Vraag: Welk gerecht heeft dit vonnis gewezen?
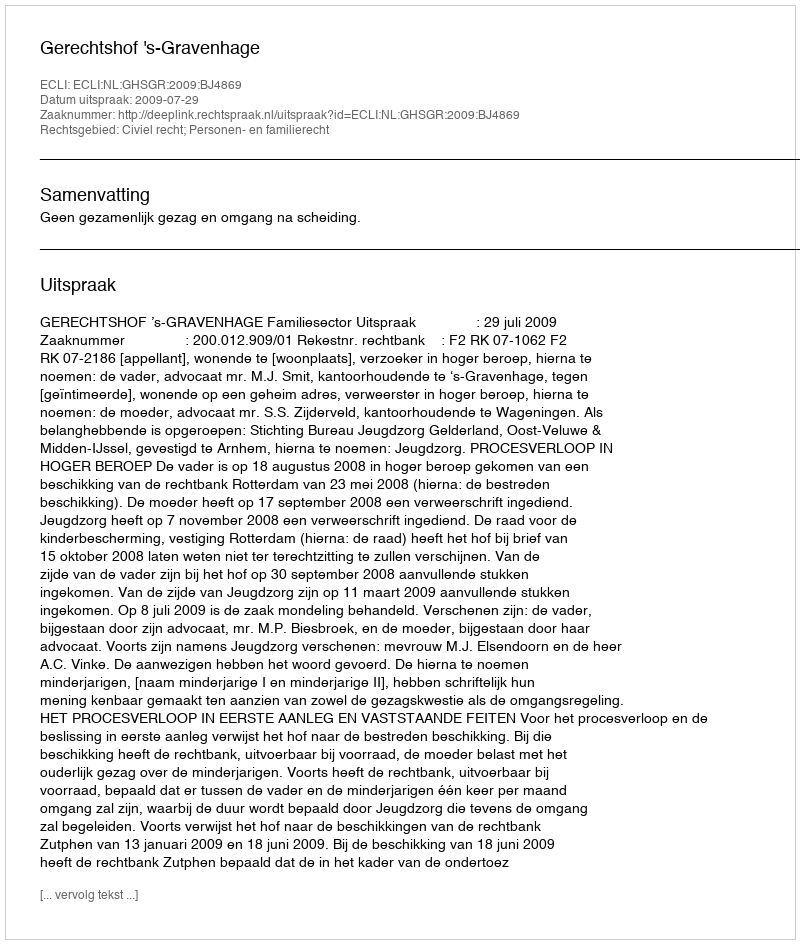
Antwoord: Gerechtshof 's-Gravenhage